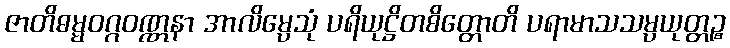
ဇာတိဓမ္မဝဂ္ဂဝဏ္ဏနာ အာလိမ္ပေသုံ ပရိယုဋ္ဌိတစိတ္တောတိ ပရာမာသသမ္ပယုတ္တဉ္စ